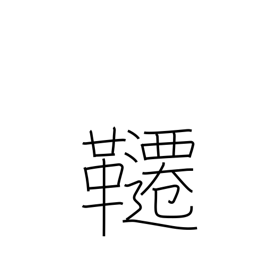
Meaning: trapeze